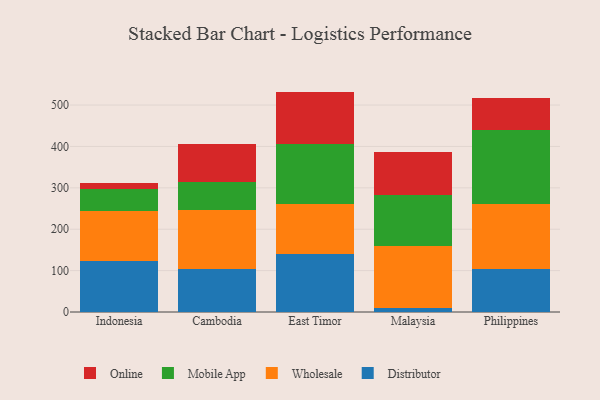
{"axis": {"x": "Country", "y": "Net Income (USD K)"}, "legend": ["Distributor", "Mobile App", "Online", "Wholesale"], "data": [{"x": "Indonesia", "y": 123.2, "type": "Distributor"}, {"x": "Indonesia", "y": 119.9, "type": "Wholesale"}, {"x": "Indonesia", "y": 53.8, "type": "Mobile App"}, {"x": "Indonesia", "y": 13.8, "type": "Online"}, {"x": "Cambodia", "y": 104.1, "type": "Distributor"}, {"x": "Cambodia", "y": 141.9, "type": "Wholesale"}, {"x": "Cambodia", "y": 66.9, "type": "Mobile App"}, {"x": "Cambodia", "y": 92.4, "type": "Online"}, {"x": "East Timor", "y": 139.6, "type": "Distributor"}, {"x": "East Timor", "y": 122.5, "type": "Wholesale"}, {"x": "East Timor", "y": 142.9, "type": "Mobile App"}, {"x": "East Timor", "y": 127.5, "type": "Online"}, {"x": "Malaysia", "y": 8.9, "type": "Distributor"}, {"x": "Malaysia", "y": 149.8, "type": "Wholesale"}, {"x": "Malaysia", "y": 123.9, "type": "Mobile App"}, {"x": "Malaysia", "y": 103.1, "type": "Online"}, {"x": "Philippines", "y": 104.3, "type": "Distributor"}, {"x": "Philippines", "y": 156.2, "type": "Wholesale"}, {"x": "Philippines", "y": 179.2, "type": "Mobile App"}, {"x": "Philippines", "y": 77.1, "type": "Online"}]}